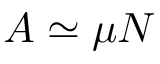
A \simeq \mu N